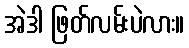
အဲဒါ ဖြတ်လမ်းပဲလား။